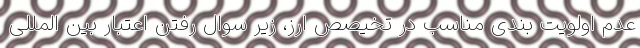
عدم اولویت بندی مناسب در تخیصص ارز، زیر سوال رفتن اعتبار بین المللی